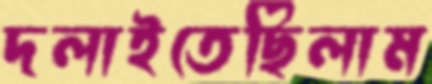
দলাইতেছিলাম